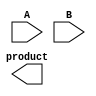
module wallace_tree_multiplier #(parameter n = 4) (
    input  [n-1:0] A,
    input  [n-1:0] B,
    output [2*n-1:0] product
);

// Partial Product Generation
wire [n-1:0] pp [n-1:0]; // Partial products matrix

generate
    genvar i, j;
    for (i = 0; i < n; i = i + 1) begin : partial_product
        for (j = 0; j < n; j = j + 1) begin : generate_pp
            assign pp[i][j] = A[j] & B[i];
        end
    end
endgenerate

// Carry-Save Adder (CSA) for Wallace Tree
wire [n:0] sum [0:n/3];
wire [n:0] carry [0:n/3];

// Reduce partial products in groups of three
generate
    for (i = 0; i < n; i = i + 3) begin : CSA
        if (i + 2 < n) begin
            assign {carry[i/3+1], sum[i/3]} = pp[i] + pp[i+1] + pp[i+2];
        end else if (i + 1 < n) begin
            assign {carry[i/3+1], sum[i/3]} = pp[i] + pp[i+1];
        end else begin
            assign sum[i/3][0] = pp[i][0];
        end
    end
endgenerate

// Final Addition using Ripple Carry Adder
wire [2*n-1:0] final_sum;
wire [2*n-1:0] final_carry;

assign final_sum = {carry[0], sum[0]} + {carry[1], sum[1]} + {carry[2], sum[2]};

// Assign output
assign product = final_sum;

endmodule